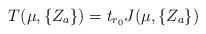
\begin{align*}T ( \mu , \{ Z_a \} ) = t_{r_0} J ( \mu , \{ Z_a \} )\end{align*}